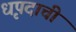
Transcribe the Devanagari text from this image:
धृपदाची